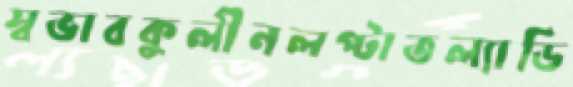
স্বভাবকুলীনলপ্‌টাতল্যাডি